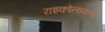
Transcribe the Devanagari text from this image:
राइकोलाकस